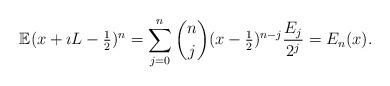
LaTeX: \begin{align*}\mathbb{E} ( x + \imath L - \tfrac{1}{2} )^{n} = \sum_{j=0}^{n} \binom{n}{j} (x - \tfrac{1}{2} )^{n-j} \frac{E_{j}}{2^{j}} = E_{n}(x).\end{align*}